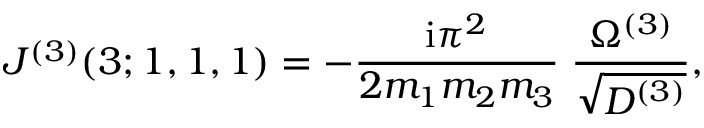
J ^ { ( 3 ) } ( 3 ; 1 , 1 , 1 ) = - \frac { \mathrm { i } \pi ^ { 2 } } { 2 m _ { 1 } m _ { 2 } m _ { 3 } } \; \frac { \Omega ^ { ( 3 ) } } { \sqrt { D ^ { ( 3 ) } } } ,